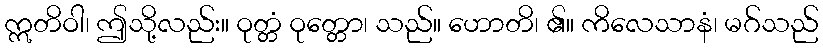
ဣတိဝါ၊ ဤသို့လည်း။ ဝုတ္တံ ဝုတ္တော၊ သည်။ ဟောတိ၊ ၏။ ကိလေသာနံ၊ မဂ်သည်